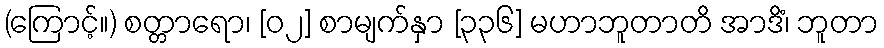
(ကြောင့်။) စတ္တာရော၊ [၀၂] စာမျက်နှာ [၃၃၆] မဟာဘူတာတိ အာဒိံ၊ ဘူတာ